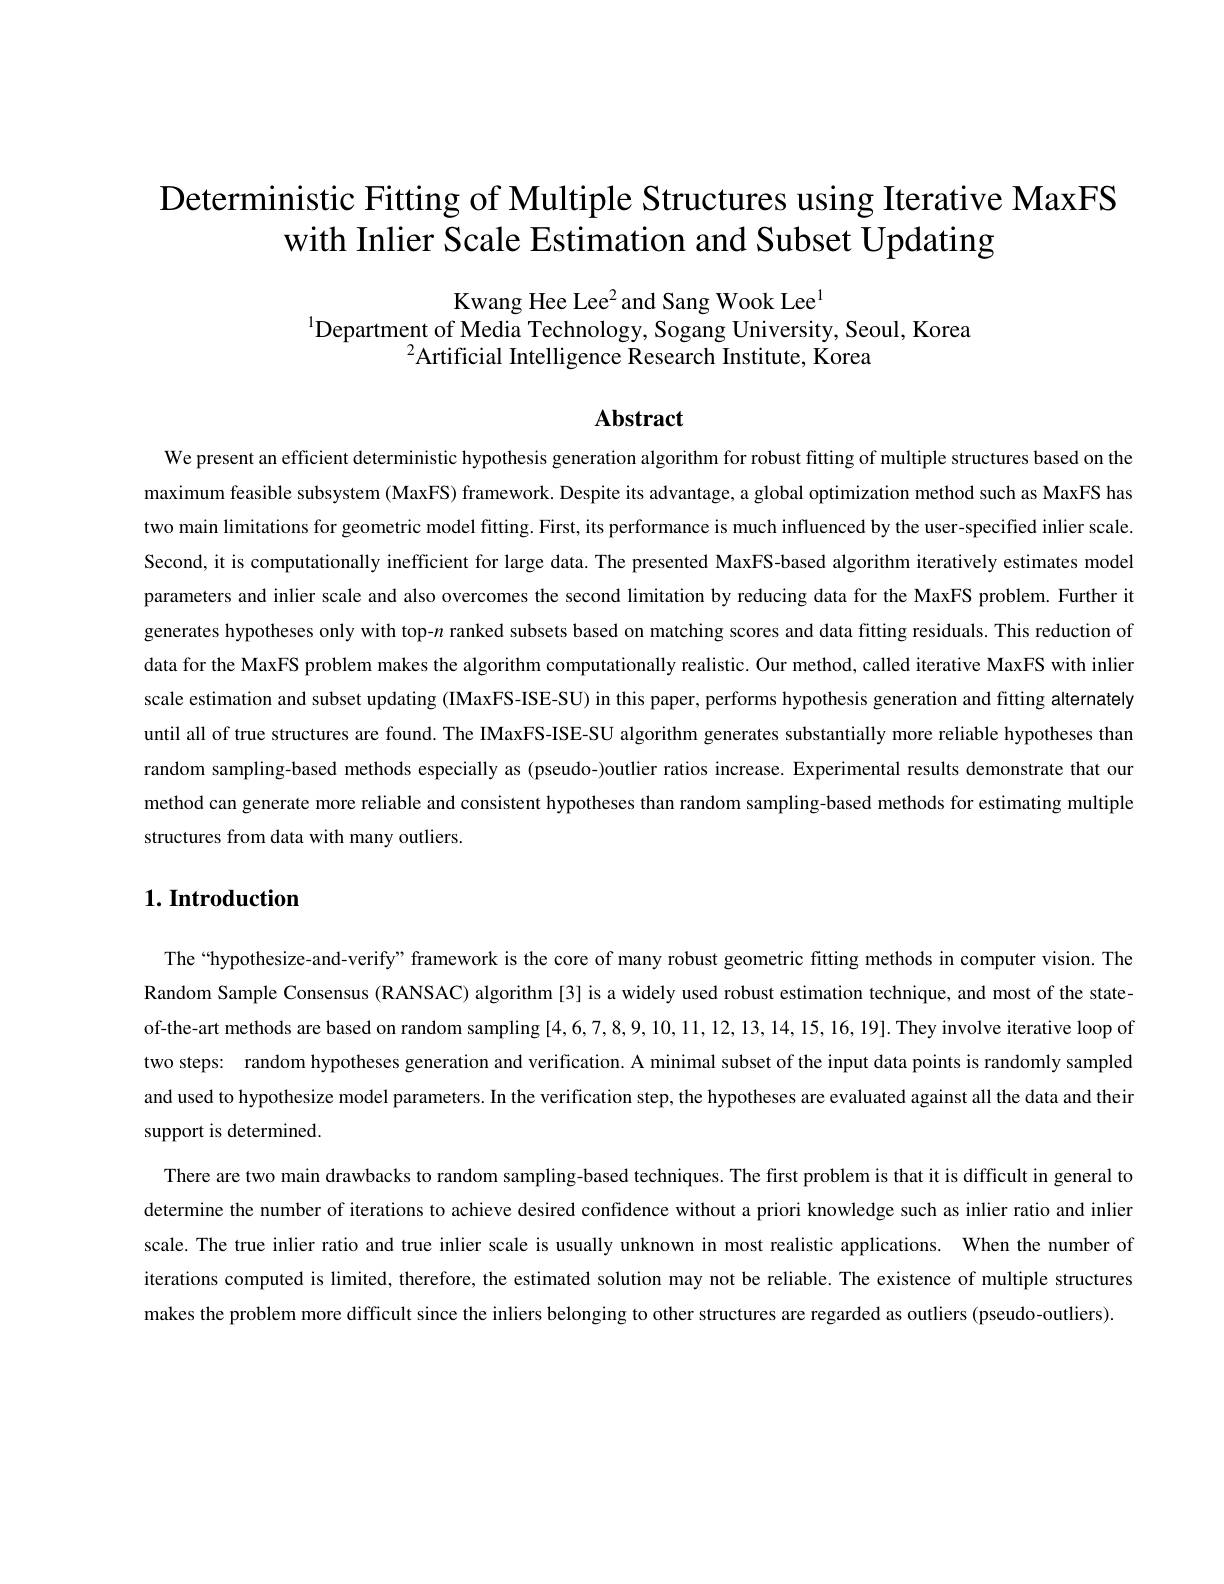
# Deterministic Fitting of Multiple Structures using Iterative MaxFS with Inlier Scale Estimation and Subset Updating

Kwang Hee Lee$^{2}$and Sang Wook Lee$^{1}$
$^{1}$Department of Media Technology, Sogang University, Seoul, Korea
$^{2}$Artificial Intelligence Research Institute, Korea

Abstract

We present an efficient deterministic hypothesis generation algorithm for robust fitting of multiple structures based on the maximum feasible subsystem (MaxFS) framework. Despite its advantage, a global optimization method such as MaxFS has two main limitations for geometric model fifting. First, its performance is much influenced by the user-specified inlier scale. Second, it is computationally inefficient for large data. The presented MaxFS-based algorithm iteratively estimates model parameters and inlier scale and also overcomes the second limitation by reducing data for the MaxFS problem. Further it generates hypotheses only with top-$n$ ranked subsets based on matching scores and data fitting residuals. This reduction of data for the MaxFS problem makes the algorithm computationally realistic. Our method, called iterative MaxFS with inlier scale estimation and subset updating (IMaxFS-ISE-SU) in this paper, performs hypothesis generation and fitting alternately until all of true structures are found. The IMaxFS-ISE-SU algorithm generates substantially more reliable hypotheses than random sampling-based methods especially as (pseudo-)outlier ratios increase. Experimental results demonstrate that our method can generate more reliable and consistent hypotheses than random sampling-based methods for estimating multiple structures from data with many outliers.

# $1. \textbf{Introduction}$

The“hypothesize-and-verify” framework is the core of many robust geometric fitting methods in computer vision. The Random Sample Consensus (RANSAC) algorithm [3] is a widely used robust estimation technique, and most of the stateof-the-art methods are based on random sampling [4,6,7,8,9,10,11,12,13,14,15,16,19]. They involve iterative loop of two steps: random hypotheses generation and verification. A minimal subset of the input data points is randomly sampled and used to hypothesize model parameters. In the verification step, the hypotheses are evaluated against all the data and their

support is determined.
There are two main drawbacks to random sampling-based techniques. The first problem is that it is difficult in general to determine the number of iterations to achieve desired confidence without a priori knowledge such as inlier ratio and inlier scale. The true inlier ratio and true inlier scale is usually unknown in most realistic applications. When the number of iterations computed is limited, therefore, the estimated solution may not be reliable. The existence of multiple structures makes the problem more difficult since the inliers belonging to other structures are regarded as outliers ( pseudo-outliers)